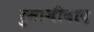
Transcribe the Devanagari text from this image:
रुमानीवाद